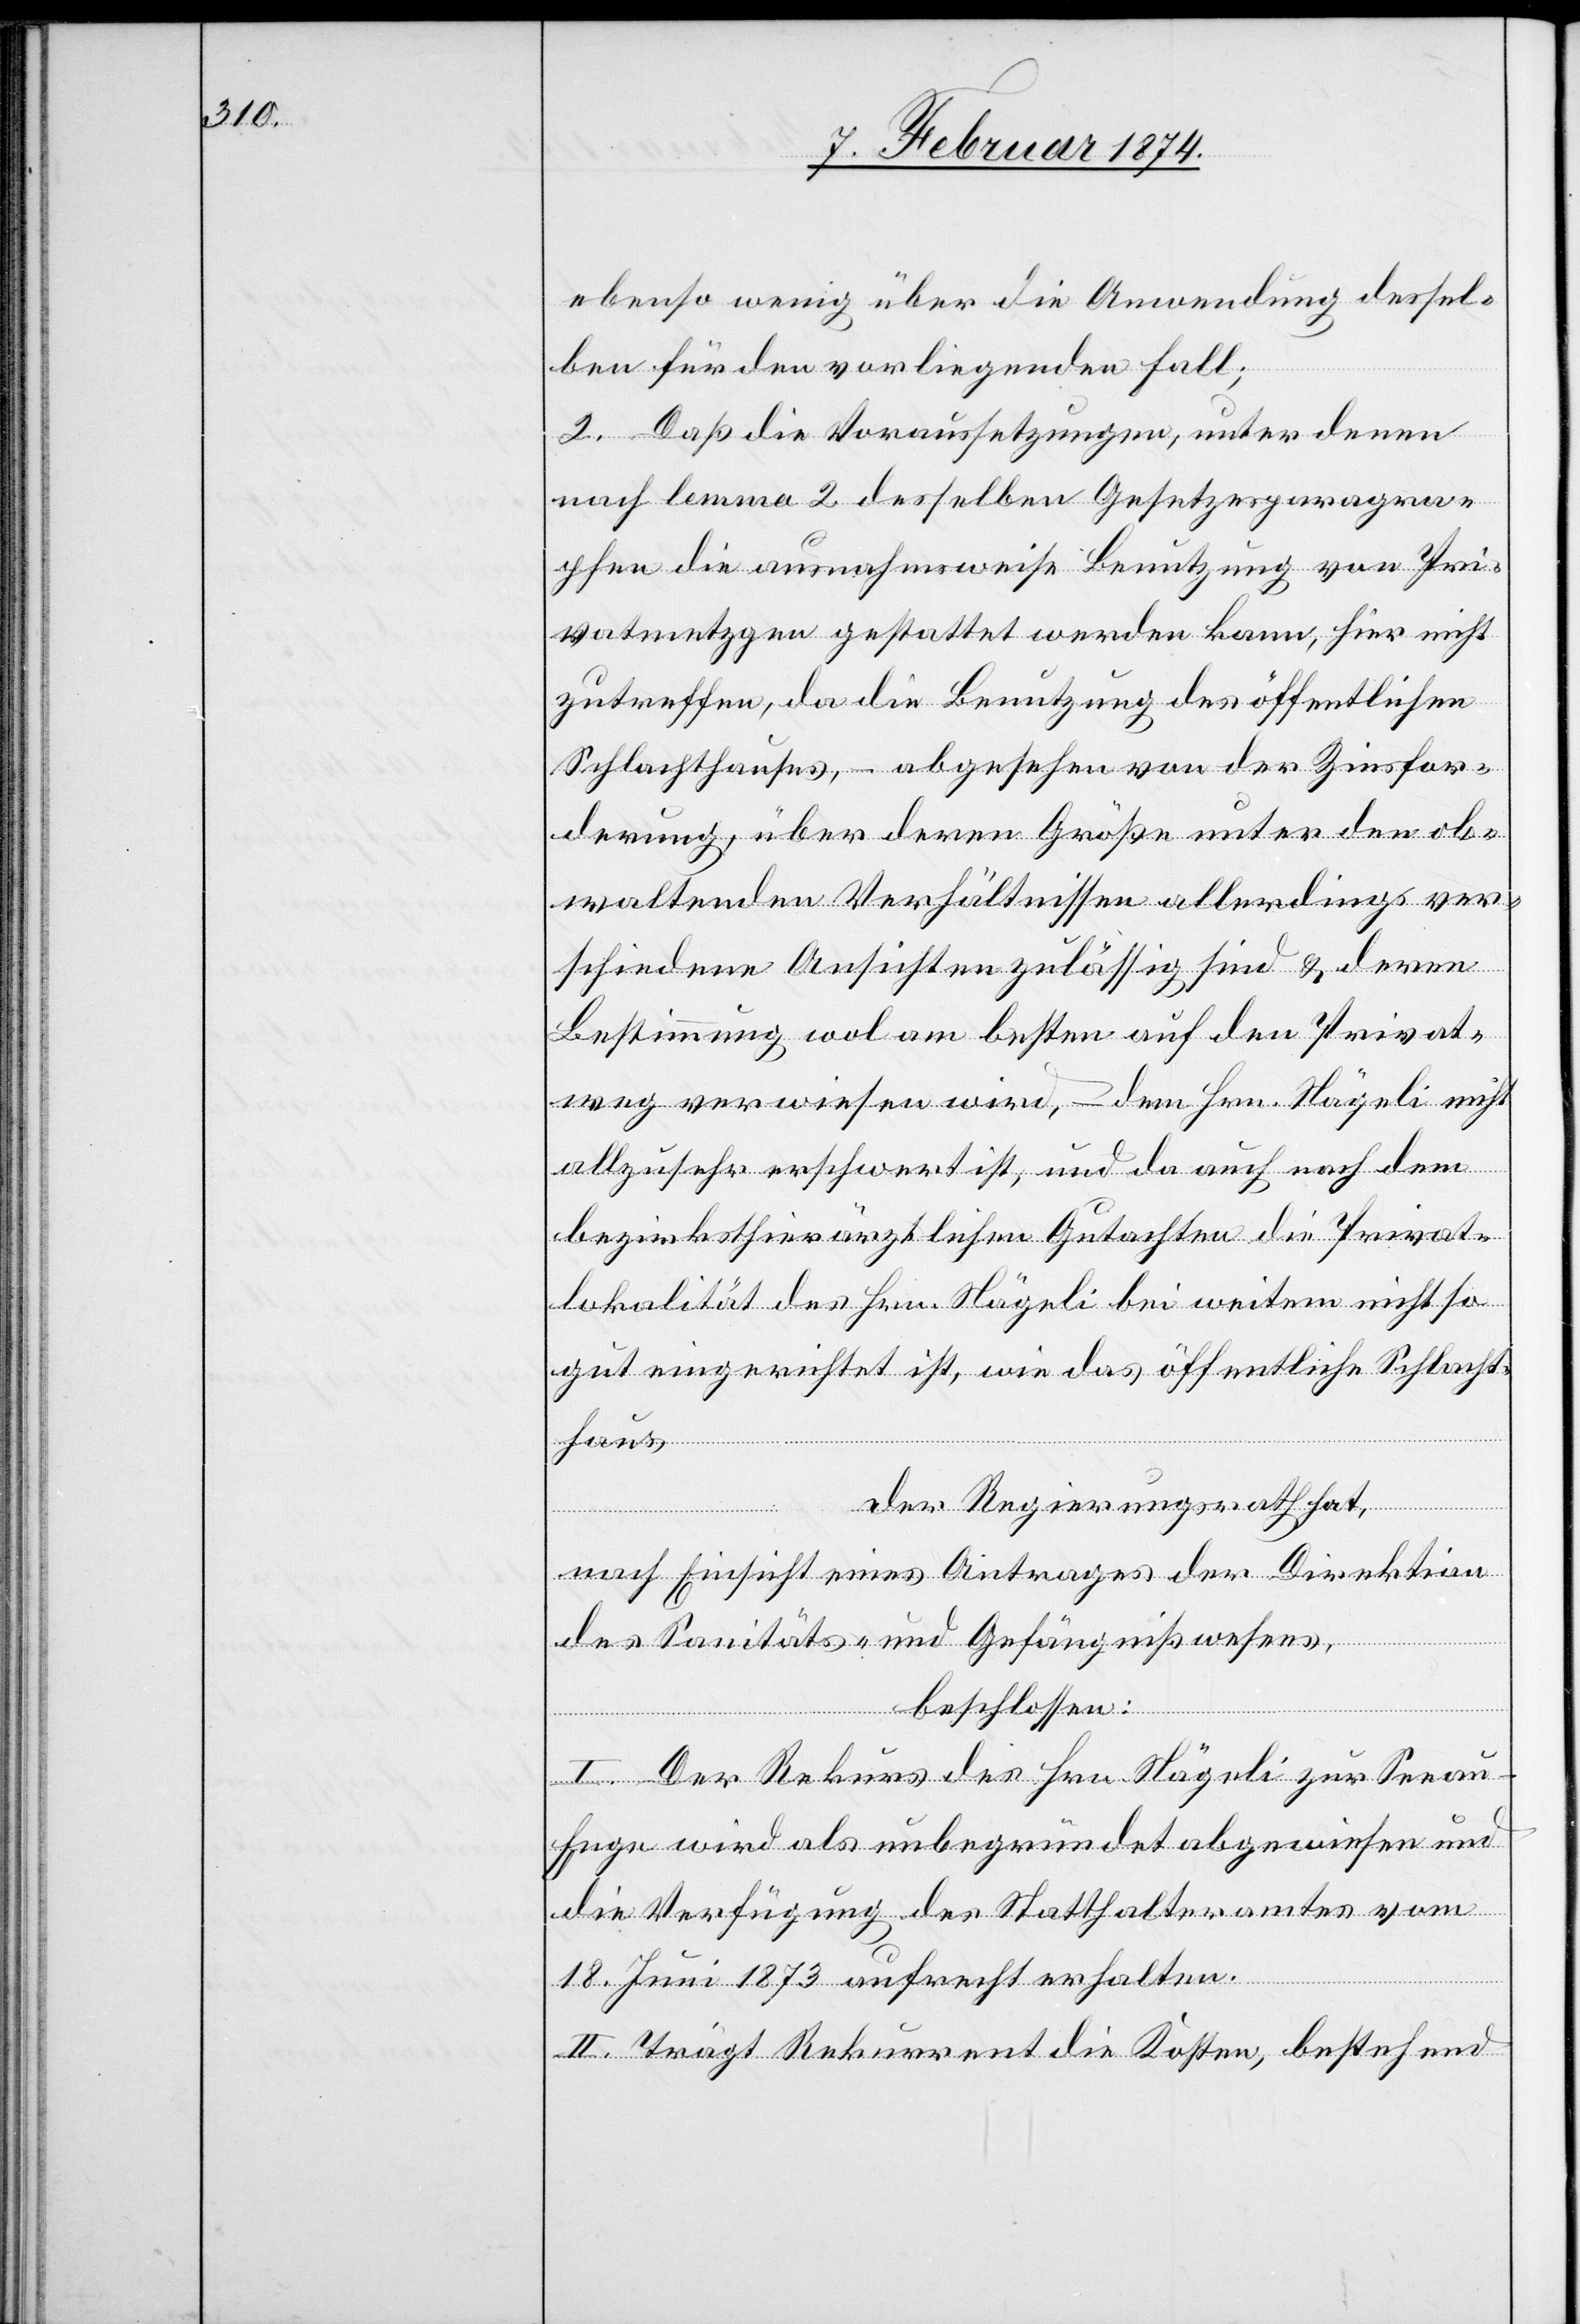
ebenso wenig über die Anwendung dessel¬
ben für den vorliegenden Fall;
2. Daß die Voraussetzungen, unter denen
nach Lemma 2 desselben Gesetzesparagra¬
phen die ausnahmsweise Benutzung von Pri¬
vatmetzgen gestattet werden kann, hier nicht
zutreffen, da die Benutzung des öffentlichen
Schlachthauses, – abgesehen von der Zinsfor¬
derung, über deren Größe unter den ob¬
waltenden Verhältnissen allerdings ver¬
schiedene Ansichten zulässig sind u. deren
Bestimmung wol am besten auf den Privat¬
weg verwiesen wird, – dem Hrn. Nägeli nicht
allzusehr erschwert ist, und da auch noch dem
bezirksthierärztlichen Gutachten die Privat¬
lokalität des Hrn. Nägeli bei weitem nicht so
gut eingerichtet ist, wie das öffentliche Schlacht¬
us,
Der Regierungsrath hat,
nach Einsicht eines Antrages der Direktion
des Sanitäts- und Gefängnißwesens,
beschlossen:
I. Der Rekurs des Hrn. Nägeli zur Seea¬
u-Enge wird als unbegründet abgewiesen und
die Verfügung des Statthalteramtes vom
18. Juni 1873 aufrecht erhalten.
II. Trägt Rekurrent die Kosten, bestehend